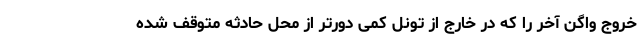
خروج واگن آخر را که در خارج از تونل کمی دورتر از محل حادثه متوقف شده